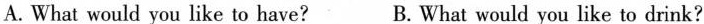
A.What would you like to have? B.What would you like to drink?